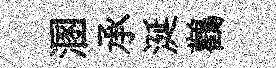
溷承涎鸛